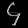
Digit: ၄